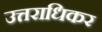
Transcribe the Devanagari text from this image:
उत्तराधिकर